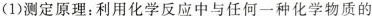
(1)测定原理：利用化学反应中与任何一种化学物质的